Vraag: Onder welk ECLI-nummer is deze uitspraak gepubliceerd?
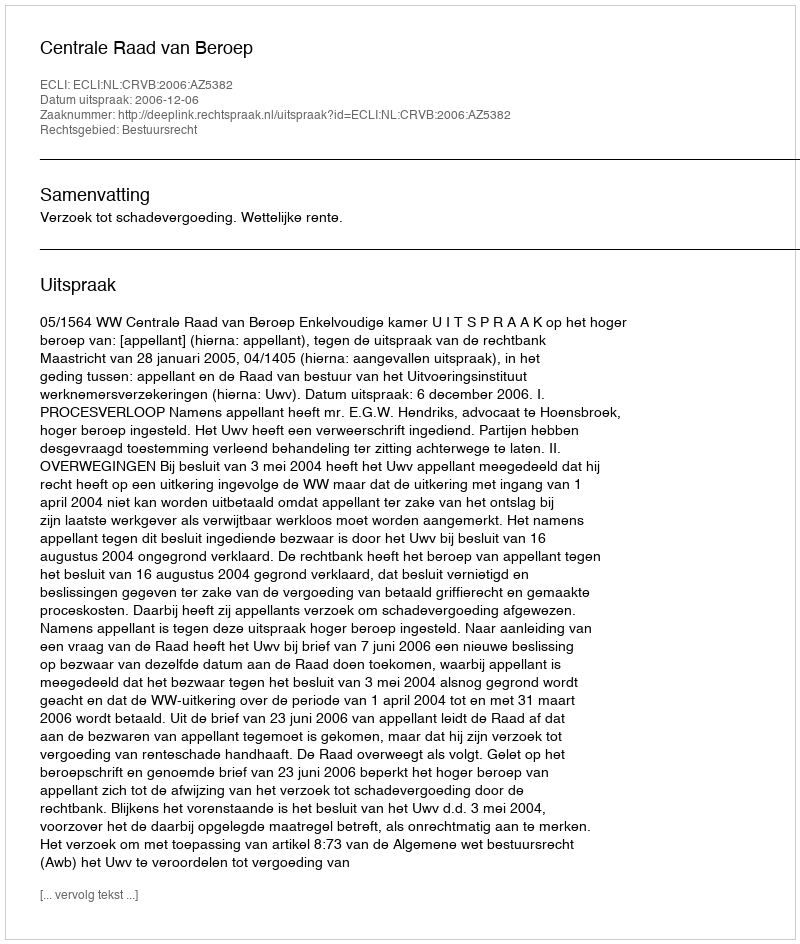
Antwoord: ECLI:NL:CRVB:2006:AZ5382